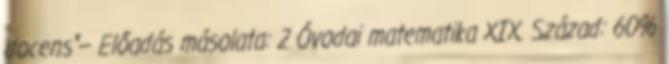
docens"— Előadás másolata: 2 Óvodai matematika XIX. Század: 60%